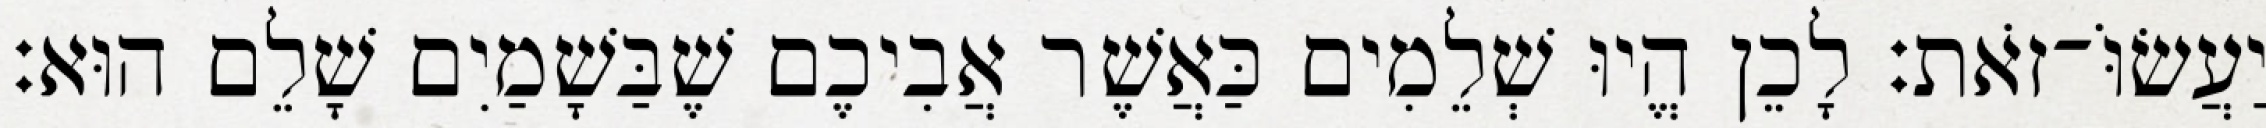
יַעֲשׂוֹּ־זֹאת׃ לָכֵן הֱיוּ שְׁלֵמִים כַּאֲשֶׁר אֲבִיכֶם שֶׁבַּשָׁמַיִם שָׁלֵם הוּא׃